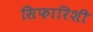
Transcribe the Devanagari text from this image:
सिफारिशी